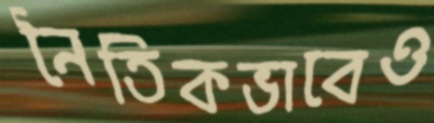
নৈতিকভাবেও